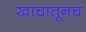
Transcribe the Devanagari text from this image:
खाचातूनच